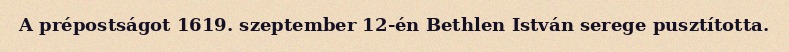
A prépostságot 1619. szeptember 12-én Bethlen István serege pusztította.